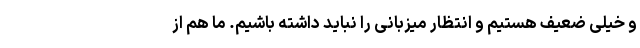
و خیلی ضعیف هستیم و انتظار میزبانی را نباید داشته باشیم. ما هم از